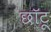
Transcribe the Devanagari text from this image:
छॉटू